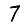
Digit: 7